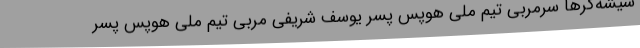
شیشه‌گرها سرمربی تیم ملی هوپس پسر یوسف شریفی مربی تیم ملی هوپس پسر